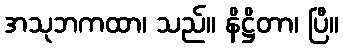
အသုဘကထာ၊ သည်။ နိဋ္ဌိတာ၊ ပြီ။